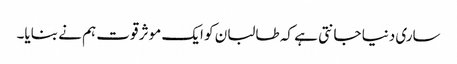
ساری دنیا جانتی ہے کہ طالبان کو ایک موثر قوت ہم نے بنایا۔